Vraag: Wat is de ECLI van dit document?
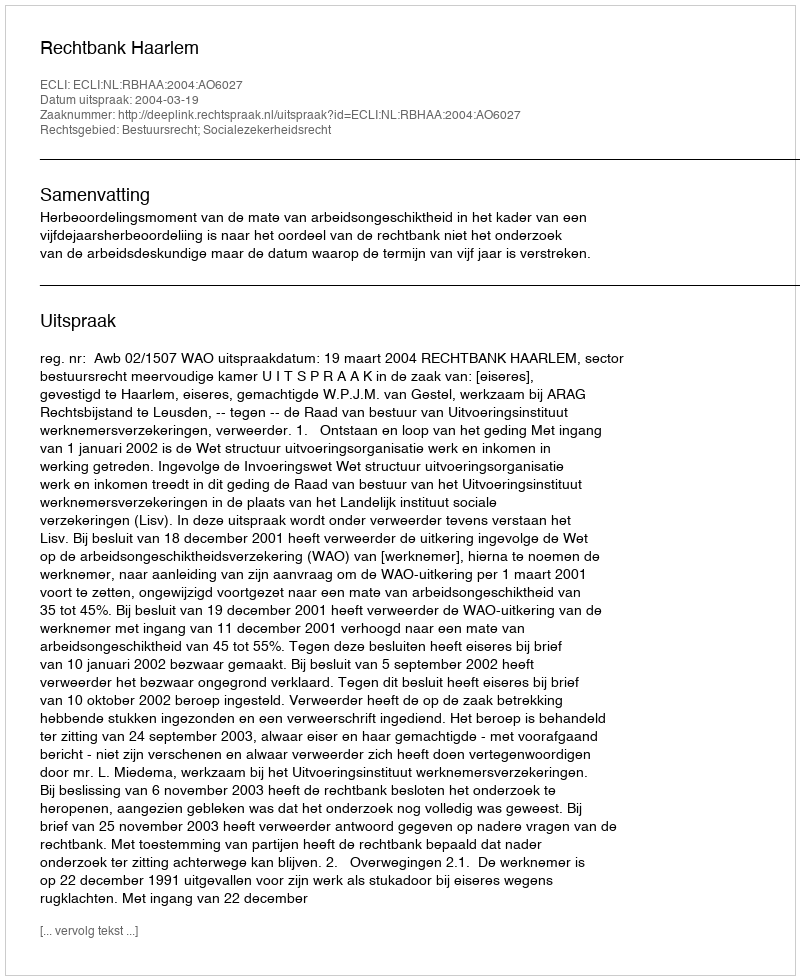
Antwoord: ECLI:NL:RBHAA:2004:AO6027